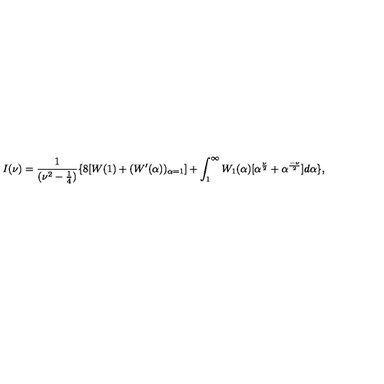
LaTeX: I ( \nu ) = \frac { 1 } { ( \nu ^ { 2 } - \frac { 1 } { 4 } ) } \{ 8 [ W ( 1 ) + ( W ^ { \prime } ( \alpha ) ) _ { \alpha = 1 } ] + \int _ { 1 } ^ { \infty } W _ { 1 } ( \alpha ) [ \alpha ^ { \frac { \nu } { 2 } } + \alpha ^ { \frac { - \nu } { 2 } } ] d \alpha \} ,